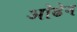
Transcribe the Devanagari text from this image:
ओढेन